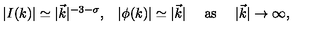
\begin{array} { c c c c } { | I ( k ) | \simeq | \vec { k } | ^ { - 3 - \sigma } , } & { | \phi ( k ) | \simeq | \vec { k } | } & { \mathrm { \ a s \ } } & { | \vec { k } | \rightarrow \infty , } \\ \end{array}